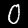
Digit: 0